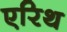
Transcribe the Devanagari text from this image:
एरिथ